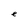
Character: e